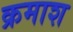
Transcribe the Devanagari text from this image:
क्रमाश